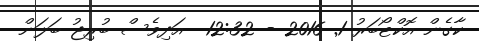
ކާގެން އޮކްޓޯބަރު 1